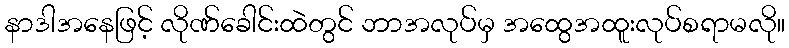
နာဒါအနေဖြင့် လိုဏ်ခေါင်းထဲတွင် ဘာအလုပ်မှ အထွေအထူးလုပ်စရာမလို။